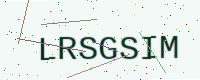
Text: LRSGSIM